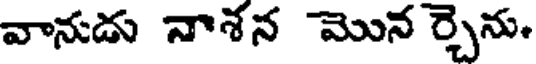
వానుడు నాశన మొన ర్చెను.